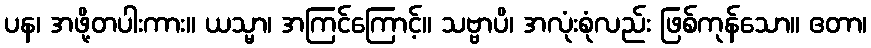
ပန၊ အဖို့တပါးကား။ ယသ္မာ၊ အကြင်ကြောင့်။ သဗ္ဗာပိ၊ အလုံးစုံလည်း ဖြစ်ကုန်သော။ ဧတာ၊